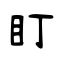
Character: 盯